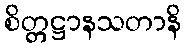
စိတ္တဋ္ဌာနသတာနိ